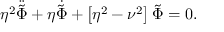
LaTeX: \eta ^ { 2 } \ddot { \tilde { \Phi } } + \eta \dot { \tilde { \Phi } } + \left[ \eta ^ { 2 } - \nu ^ { 2 } \right] \tilde { \Phi } = 0 .